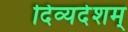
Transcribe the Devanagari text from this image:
दिव्यदेशम्